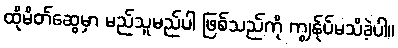
ထိုမိတ်ဆွေမှာ မည်သူမည်ပါ ဖြစ်သည်ကို ကျွန်ုပ်မသိခဲ့ပါ။